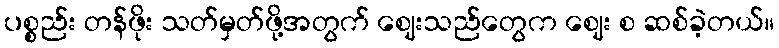
ပစ္စည်း တန်ဖိုး သတ်မှတ်ဖို့အတွက် ဈေးသည်တွေက ဈေး စ ဆစ်ခဲ့တယ်။